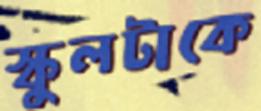
স্কুলটাকে